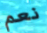
نعم